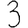
Digit: 3